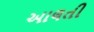
આલતી